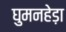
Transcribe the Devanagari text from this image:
घुमनहेड़ा